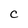
Character: C